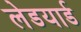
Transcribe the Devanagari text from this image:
लेडयार्ड